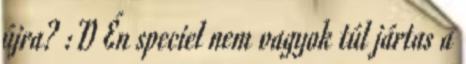
újra? :D Én speciel nem vagyok túl jártas a